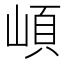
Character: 崸